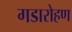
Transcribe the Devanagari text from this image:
गडारोहण